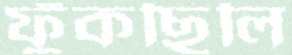
ফুঁকছিলি